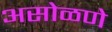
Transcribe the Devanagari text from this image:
असोळणे